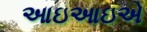
આઇઆઇએ